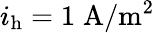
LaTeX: i_{\mathrm{h}}=1\; \mathrm{A}/\mathrm{m}^{2}